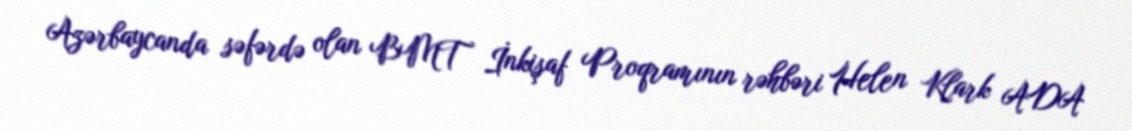
Azərbaycanda səfərdə olan BMT İnkişaf Proqramının rəhbəri Helen Klark ADA